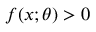
f ( x ; \theta ) > 0